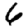
Digit: 6